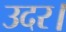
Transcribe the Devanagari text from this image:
उदर।